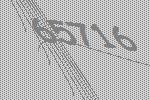
65716